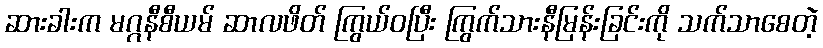
ဆားခါးက မဂ္ဂနီစီယမ် ဆာလဖိတ် ကြွယ်ဝပြီး ကြွက်သားနီမြန်းခြင်းကို သက်သာစေတဲ့